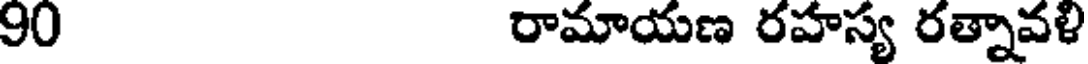
90 రామాయణ రహస్య రత్నావళి